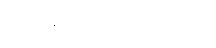
ခြင်ဖျန်းဆေး လိုချင်တယ်။